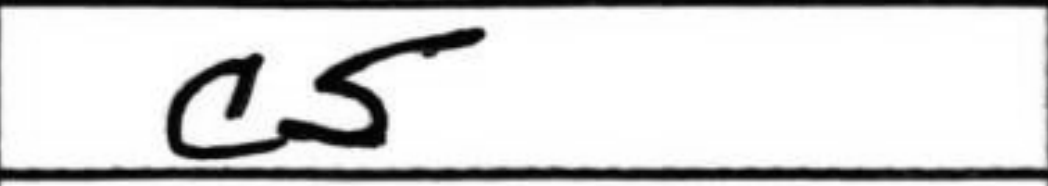
Transcription: c5